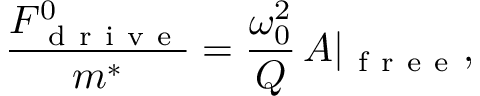
\frac { F _ { \mathrm { ~ d ~ r ~ i ~ v ~ e ~ } } ^ { 0 } } { m ^ { * } } = \frac { \omega _ { 0 } ^ { 2 } } { Q } \, A | _ { \mathrm { ~ f ~ r ~ e ~ e ~ } } ,